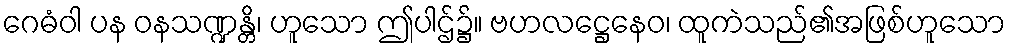
ဂေဓံဝါ ပန ဝနသဏ္ဍန္တိ၊ ဟူသော ဤပါဌ်၌။ ဗဟလဋ္ဌေနေဝ၊ ထူကဲသည်၏အဖြစ်ဟူသော